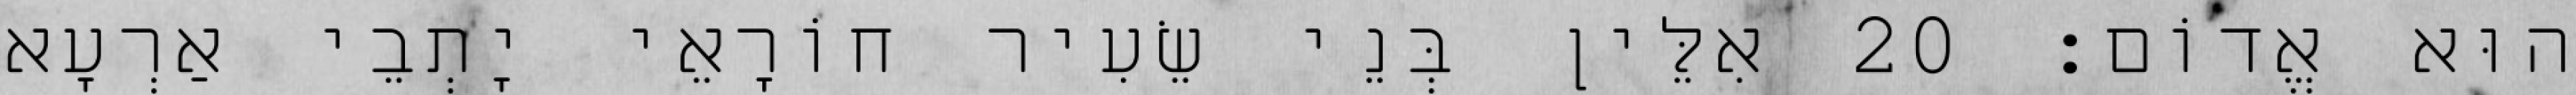
הוּא אֱדוֹם׃ 20 אִלֵּין בְּנֵי שֵׂעִיר חוֹרָאֵי יָתְבֵי אַרְעָא